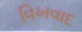
વિખવાદ